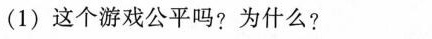
(1)这个游戏公平吗?为什么?